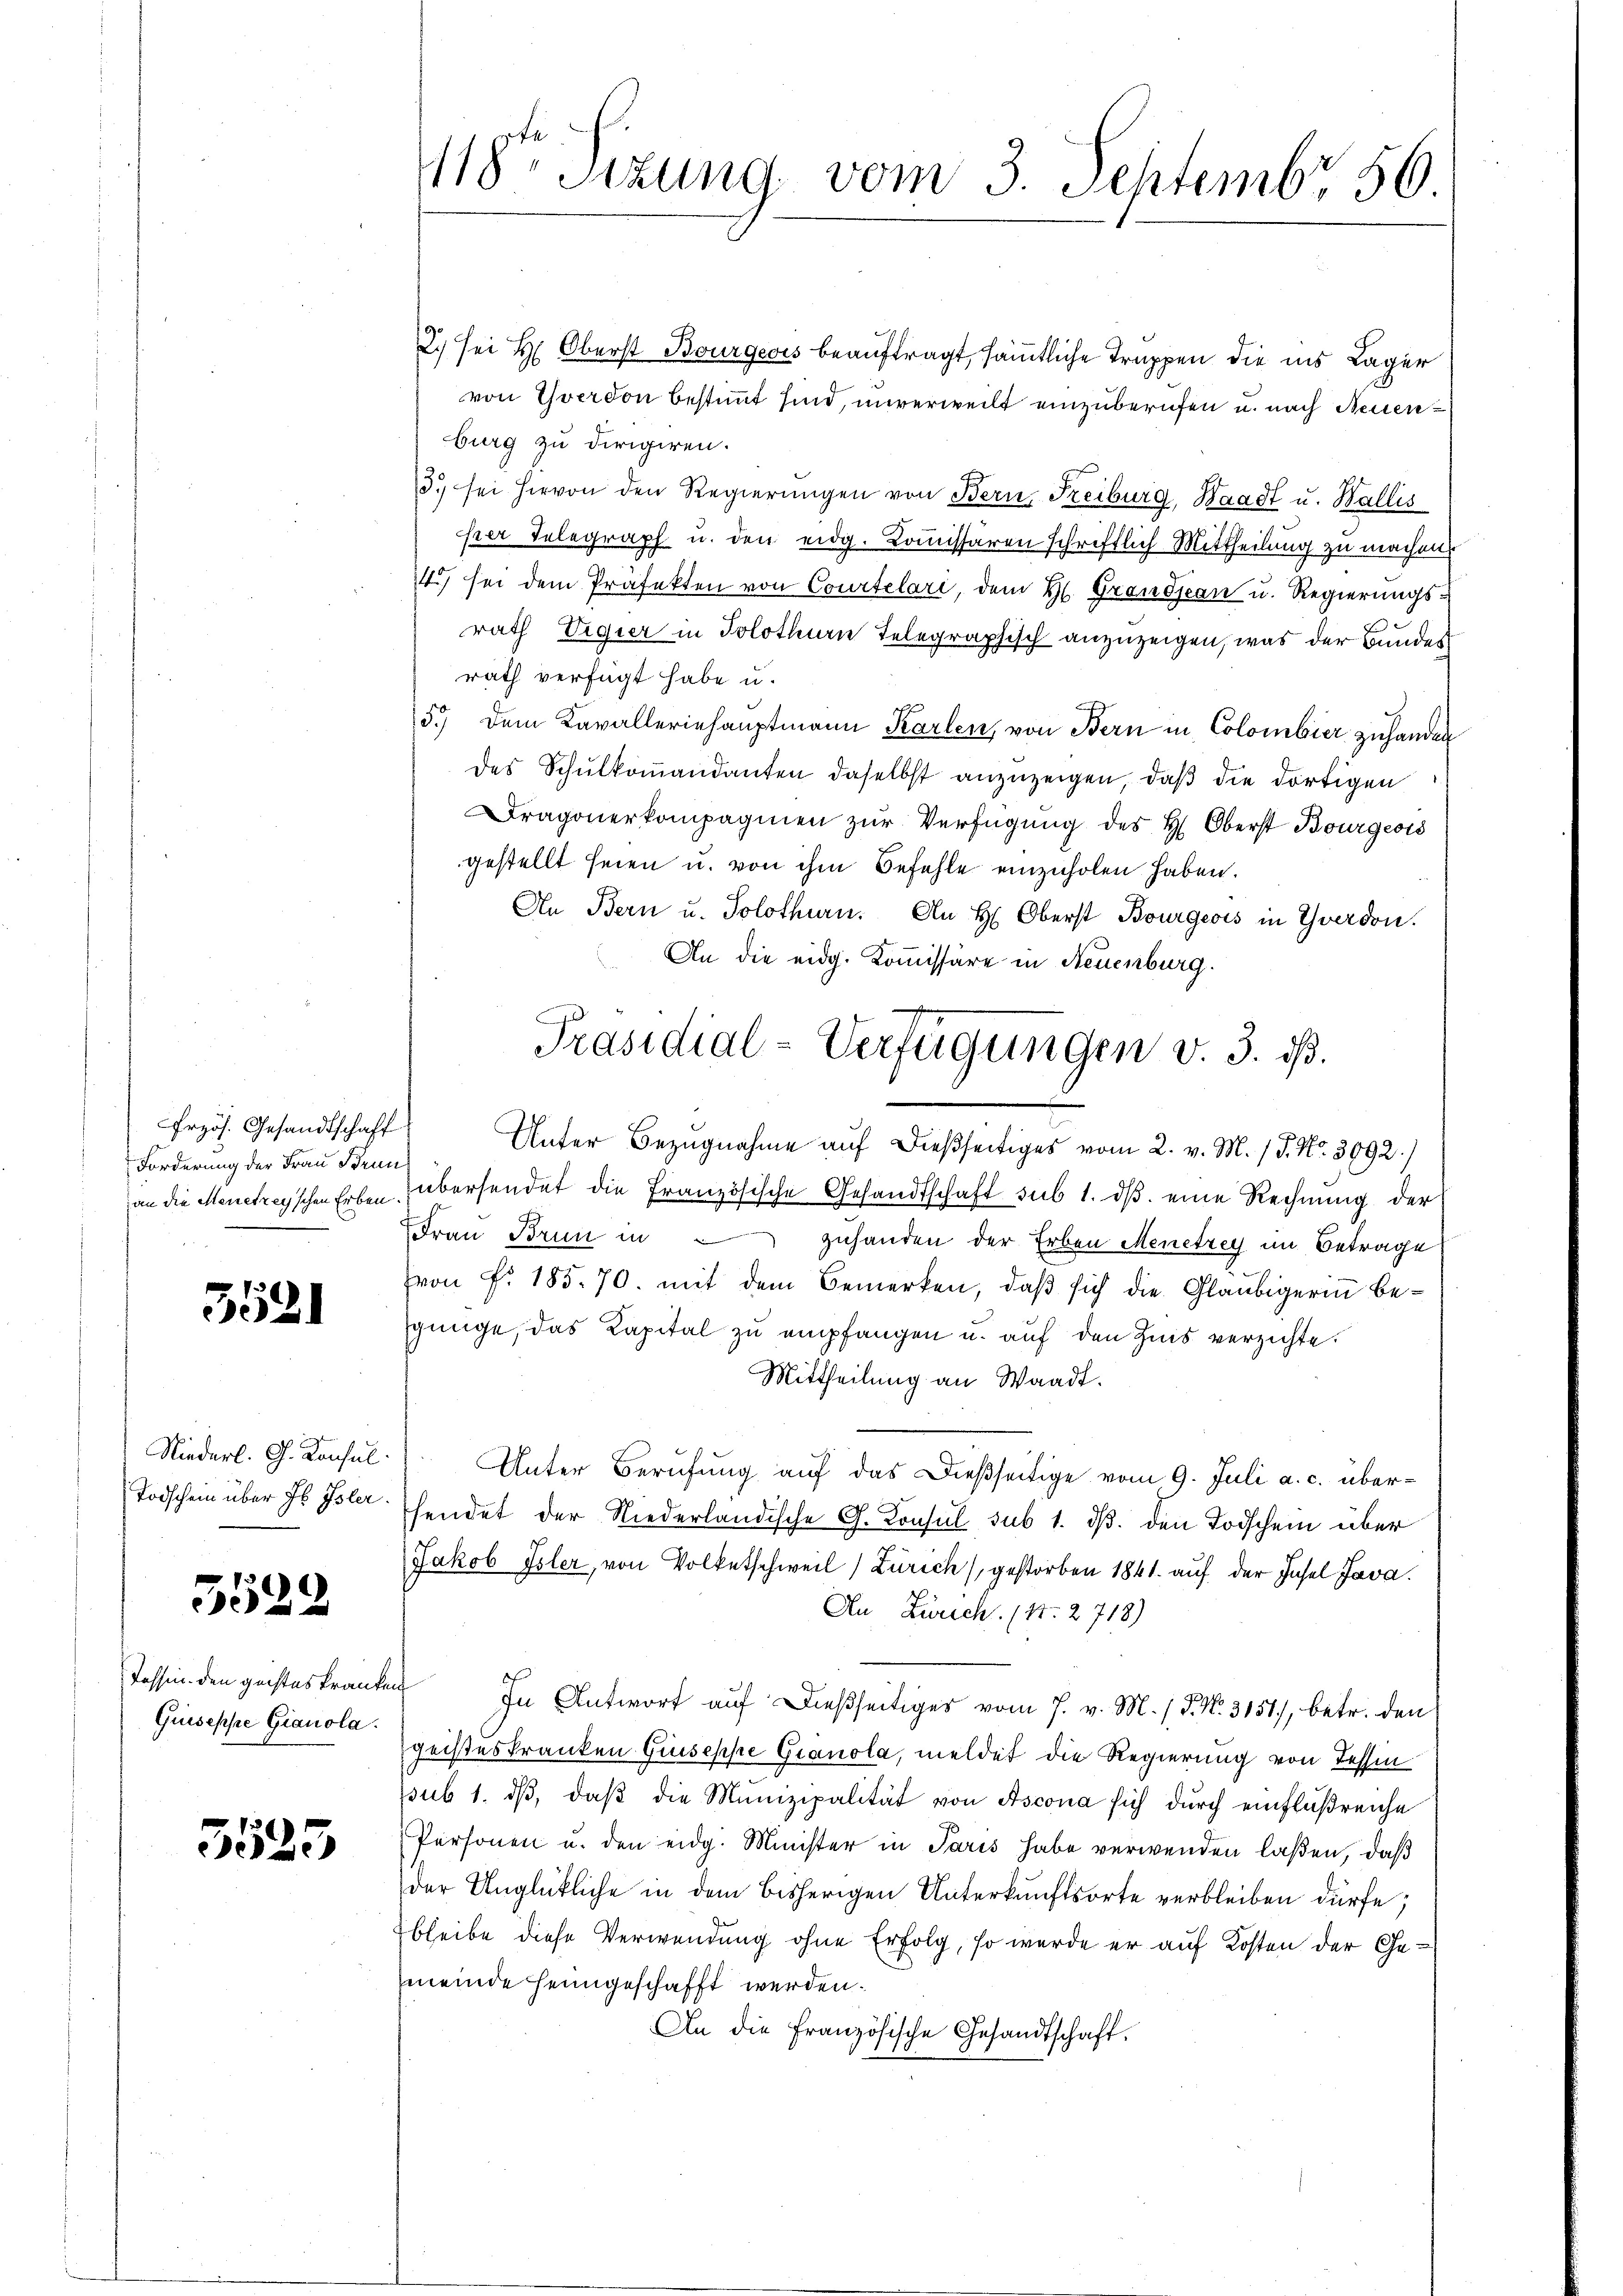
Frzös. Gesandtschaft
Forderung der Frau Brun¬

5521

Niederl. G. Konsul

5522

Tessin den geistes kranken
Guiseppe Gianola.

5525

2. sei Hr. Oberst Bourgeois beauftragt, sämmtliche Truppen die ins Lager
von Yverdon bestimmt sind, unverweilt einzuberufen u. nach Neuen
burg zu dirigiren.
3. sei hievon den Regierŭngen von Bern, Freiburg, Waadt u. Wallis
hrer Telegraph u. den eidg. Kommissären schriftlich Mittheilung zu machen,
4) sei dem Präfekten von Courtelari, dem H. Grandjean u. Regierungsrath Vigier in Solothurn Telegraphisch anzuzeigen, was der Bundes
rath verfügt habe u.
5.) Dem Kavalleriehauptmann Karlen, von Bern in Colombier zuhanden
des Schŭlkoṁandanten daselbst anzuzeigen, daß die dortigen
ragonerkompagnien zŭr Verfügung des H. Oberst Bourgeois
gestellt seien u. von ihm Befehle einzuholen haben.
An Bern u. Solothurn. An H. Oberst Bourgeois in Yverdon.
An die eidg. Kommissäre in Neuenburg.
Unter Bezugnahme auf dießseitiges vom 2. v. M. / P. Nr. 3092.)
an die Menetreyschen Erben übersendet die Französische Gesandtschaft sub 1. dβ eine Rechnung der
Frau Brun in zuhanden der Erben Menetrey im Betrage
von Fr. 185. 70. mit dem Bemerken, daβ sich die Gläubigerin beginge, das Kapital zu empfangen u. auf den Zins verzichte.
Mittheilung an Waadt.
Unter Berufung auf das dießseitige vom 9. Juli a. c. über¬
Todschein über ds Isler Ehendet der Niederländische G. Konsul sub 1. ds. den Todschein über
Jakob Isler, von Volketschweil) Zürich) gestorben 1841 auf der Insel Java
An Zürich. (N. 2718)
In Antwort auf dießseitiges vom 7. v. M. / P. Nr. 3151/, betr. den
geisteskranken Giuseppe Gianola, meldet die Regierung von Tessin
pub 1. dβ, daβ die Munizipalität von Ascona sich dŭrch einflußreiche
Personen u. den eidg. Minister in Paris habe verwenden laßen, daß
der Unglückliche in dem bisherigen Unterkunftsorte verbleiben dürfe;
bleibe diese Verwendung ohne Erfolg, so werde er auf Kosten der Gemeinde heimgeschafft werden.
An die Französische Gesandtschaft.

18ten Sitzung vom 3. Septembr 56

Präsidial-Verfügungen v. 3. ds.